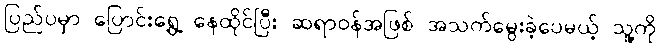
ပြည်ပမှာ ပြောင်းရွှေ့ နေထိုင်ပြီး ဆရာဝန်အဖြစ် အသက်မွေးခဲ့ပေမယ့် သူ့ကို